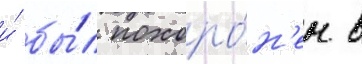
и́ бы́л похоро́н'ен в